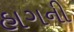
હાગની